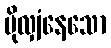
ပိုလျှံနေသော